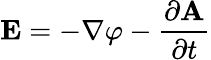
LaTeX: \mathbf{E}=-\nabla\varphi-{\frac{\partial\mathbf{A}}{\partial t}}